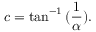
c = \tan ^ { - 1 } { ( \frac { 1 } { \alpha } ) } .